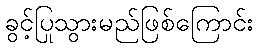
ခွင့်ပြုသွားမည်ဖြစ်ကြောင်း